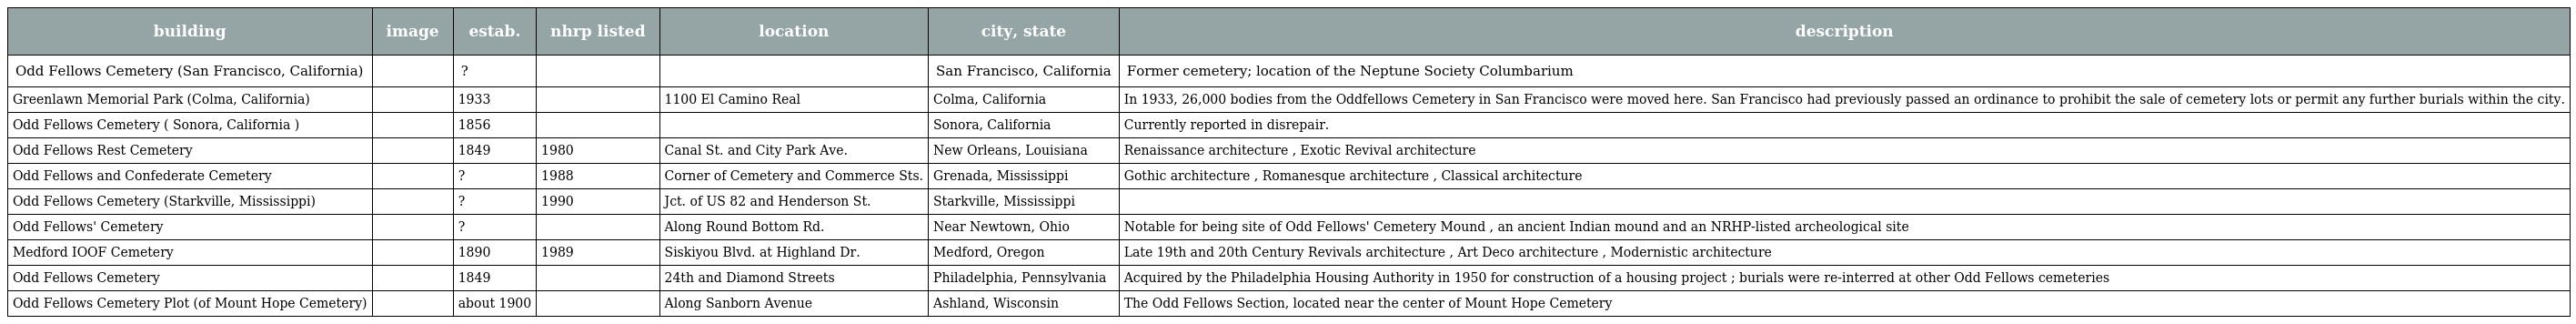
| building | image | estab. | nhrp listed | location | city, state | description |
 | --- | --- | --- | --- | --- | --- | --- |
 | Odd Fellows Cemetery (San Francisco, California) |  | ? |  |  | San Francisco, California | Former cemetery; location of the Neptune Society Columbarium |
 | Greenlawn Memorial Park (Colma, California) |  | 1933 |  | 1100 El Camino Real | Colma, California | In 1933, 26,000 bodies from the Oddfellows Cemetery in San Francisco were moved here. San Francisco had previously passed an ordinance to prohibit the sale of cemetery lots or permit any further burials within the city. |
 | Odd Fellows Cemetery ( Sonora, California ) |  | 1856 |  |  | Sonora, California | Currently reported in disrepair. |
 | Odd Fellows Rest Cemetery |  | 1849 | 1980 | Canal St. and City Park Ave. | New Orleans, Louisiana | Renaissance architecture , Exotic Revival architecture |
 | Odd Fellows and Confederate Cemetery |  | ? | 1988 | Corner of Cemetery and Commerce Sts. | Grenada, Mississippi | Gothic architecture , Romanesque architecture , Classical architecture |
 | Odd Fellows Cemetery (Starkville, Mississippi) |  | ? | 1990 | Jct. of US 82 and Henderson St. | Starkville, Mississippi |  |
 | Odd Fellows' Cemetery |  | ? |  | Along Round Bottom Rd. | Near Newtown, Ohio | Notable for being site of Odd Fellows' Cemetery Mound , an ancient Indian mound and an NRHP-listed archeological site |
 | Medford IOOF Cemetery |  | 1890 | 1989 | Siskiyou Blvd. at Highland Dr. | Medford, Oregon | Late 19th and 20th Century Revivals architecture , Art Deco architecture , Modernistic architecture |
 | Odd Fellows Cemetery |  | 1849 |  | 24th and Diamond Streets | Philadelphia, Pennsylvania | Acquired by the Philadelphia Housing Authority in 1950 for construction of a housing project ; burials were re-interred at other Odd Fellows cemeteries |
 | Odd Fellows Cemetery Plot (of Mount Hope Cemetery) |  | about 1900 |  | Along Sanborn Avenue | Ashland, Wisconsin | The Odd Fellows Section, located near the center of Mount Hope Cemetery |